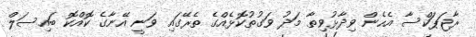
ރާޖަޕަކްސާ އެހެން ވިދާޅުވިތާ މަދު ވަގުތުކޮޅެއްގެ ތެރޭގައި ވަނީ އޭނާގެ ކޮއްކޮ ބައިސަލް